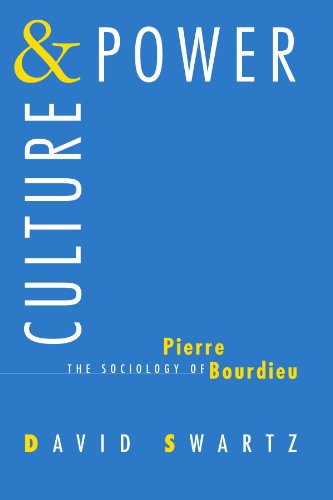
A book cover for Culture and Power: The Sociology of Pierre Bourdieu; David Swartz; Politics & Social Sciences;